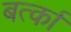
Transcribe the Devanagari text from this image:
बर्त्का